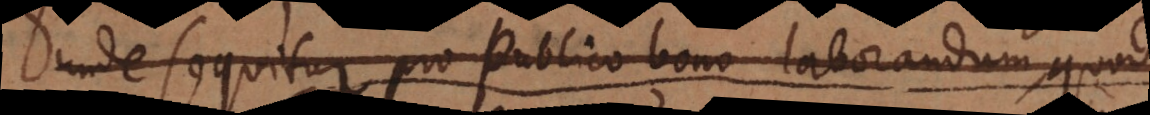
unde sequitur pro publico bono laborandum, quod